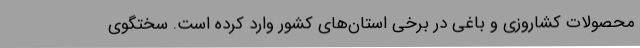
محصولات کشاروزی و باغی در برخی استان‌های کشور وارد کرده است. سختگوی